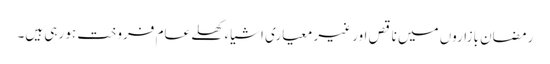
رمضان بازاروں میں ناقص اور غیر معیاری اشیاء کھلے عام فروخت ہو رہی ہیں۔